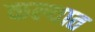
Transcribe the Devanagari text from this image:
कल्यात